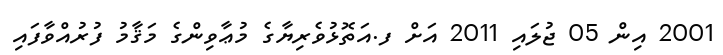
2001 އިން 05 ޖުލައި 2011 އަށް ފ.އަތޮޅުވެރިޔާގެ މުޢާވިންގެ މަޤާމު ފުރުއްވާފައި